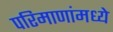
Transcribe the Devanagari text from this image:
परिमाणांमध्ये